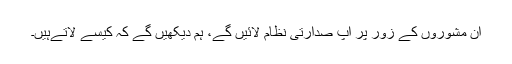
ان مشوروں کے زور پر آپ صدارتی نظام لائیں گے، ہم دیکھیں گے کہ کیسے لاتےہیں۔